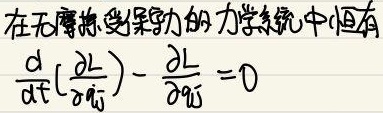
在无摩擦、受保守力的力学系统中恒有
\[
\frac{\mathrm{d} }{\mathrm{d} t}\left(\frac{\partial L}{\partial \dot{q_i}}\right)-\frac{\partial L}{\partial q_i}=0
\]